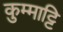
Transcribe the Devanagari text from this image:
कुम्माट्टि